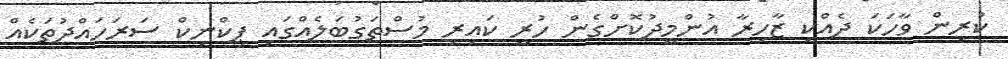
ކުރިން ވާހަކަ ދެއްކި ޒާހިރާ އުންމީދުކޮށްގެން ހުރީ ކައިރި މުސްތަގުބަލެއްގައި ޕިކްނިކް ސަރަހައްދުތަކެއް